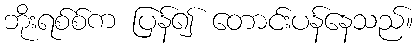
ဘိုးရစ်စ်က ပြန်၍ တောင်းပန်နေသည်။